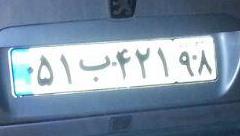
۵۱ب۴۲۱۹۸